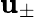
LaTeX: \mathbf{u}_{\pm}